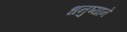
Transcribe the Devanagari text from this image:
धनुष्याने